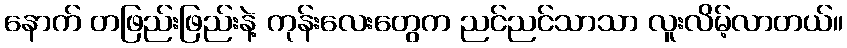
နောက် တဖြည်းဖြည်းနဲ့ ကုန်းလေးတွေက ညင်ညင်သာသာ လူးလိမ့်လာတယ်။